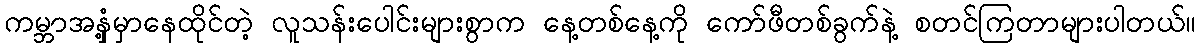
ကမ္ဘာအနှံ့မှာနေထိုင်တဲ့ လူသန်းပေါင်းများစွာက နေ့တစ်နေ့ကို ကော်ဖီတစ်ခွက်နဲ့ စတင်ကြတာများပါတယ်။